Sanitation, dispensaries and jails vaccination Rajputana 1922-1927 - 1922-1927
Year: 1922
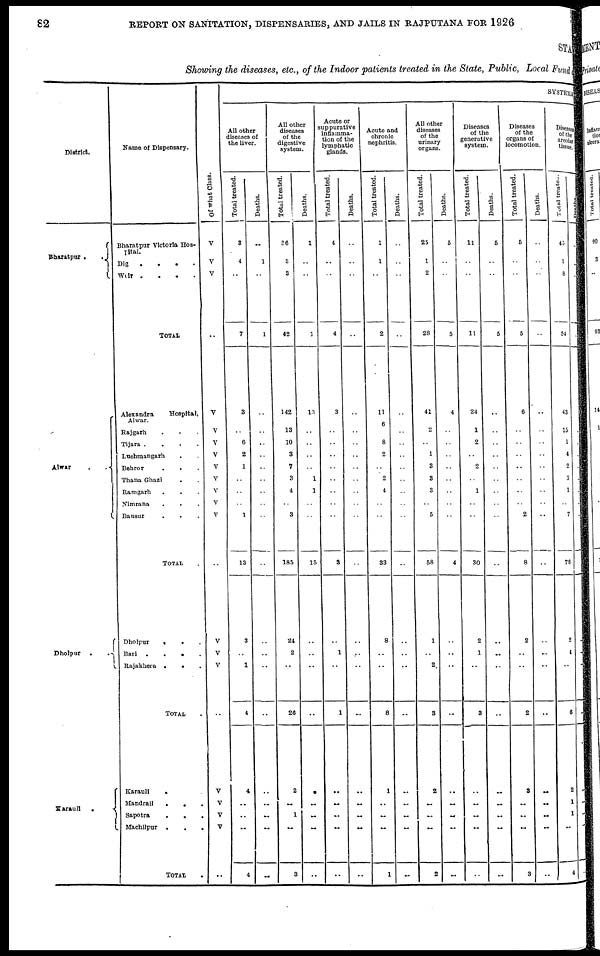
82
REPORT ON SANITATION, DISPENSARIES, AND JAILS IN RAJPUTANA FOR 1926
STATE
Showing the diseases, etc., of the Indoor patients treated in the State, Public, Local Fund
District.
Bharatpur .
.
Alwar ..
Dholpur
.
.
Karauli
.
Name of Dispensary.
Bharatpur Victoria Hos¬
pital.
Dig
....
Weir
....
TOTAL
Alexandra
Hospital,
Alwar.
Rajgarh ...
Tijara
....
Luchmangarh ..
Behror
...
Thana Ghazi ..
Ramgarh ...
Nimrana
...
Bausur
TOTAL .
Dholpur
...
Bari
....
Rajakhera
...
TOTAL .
Karauli
...
Handrail
.
.
.
Sapotra
...
Machilpur
.
.
.
TOTAL .
Of what Class.
V
V
V
..
V
V
V
V
V
V
V
V
V
..
V
V
V
..
V
V
V
V
..
SYSTEMATIC
All other
diseases of
the liver.
Total treated.
3
4
..
7
3
..
6
2
1
..
..
..
1
13
3
..
1
4
4
..
..
..
4
Deaths.
..
1
..
1
..
..
..
..
..
..
..
..
..
..
..
..
..
..
..
..
..
..
..
All other
diseases
of the
digestive
system.
Total treated.
36
3
3
42
142
13
10
3
7
3
4
..
3
185
24
2
..
26
2
..
1
..
3
Deaths.
1
..
..
1
13
..
..
..
..
1
1
..
..
15
..
..
..
..
..
..
..
..
..
Acute or
suppurative
inflamma-
tion of the
lymphatic
glands.
Total treated.
4
..
..
4
3
..
..
..
..
..
..
..
..
3
..
1
..
1
..
..
..
..
..
Deaths.
..
..
..
..
..
..
..
..
..
..
..
..
..
..
..
..
..
..
..
..
..
..
..
Acute and
chronic
nephritis.
Total treated.
1
1
..
2
11
6
8
2
..
2
4
..
..
33
8
..
..
8
1
..
..
..
1
Deaths.
..
..
..
..
..
..
..
..
..
..
..
..
..
..
..
..
..
..
..
..
..
..
..
All other
diseases
of the
urinary
organs.
Total treated.
25
1
2
28
41
2
..
1
3
3
3
..
5
58
1
..
2
3
2
..
..
..
2
Deaths.
5
..
..
5
4
..
..
..
..
..
..
..
..
4
..
..
..
..
..
..
..
..
..
Diseases
of the
generative
system.
Total treated.
11
..
..
11
24
1
2
..
2
..
1
..
..
30
2
1
..
3
..
..
..
..
..
Deaths.
5
..
..
5
..
..
..
..
..
..
..
..
..
..
..
..
..
..
..
..
..
..
..
Diseases
of the
organs of
locomotion.
Total treated.
5
..
..
5
6
..
..
..
..
..
..
..
2
8
2
..
..
2
3
..
..
..
3
Deaths.
..
..
..
..
..
..
..
..
..
..
..
..
..
..
..
..
..
..
..
..
..
..
..
Disease
of the
areolar
tissue.
Total treated.
45
1
8
54
43
15
1
4
2
3
1
..
7
76
2
1
..
6
2
1
1
..
4
Deaths.
..
..
..
..
..
..
..
..
..
..
..
..
..
..
..
..
..
..
..
..
..
..
..